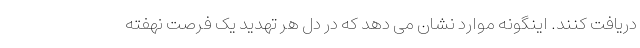
دریافت کنند. اینگونه موارد نشان می دهد که در دل هر تهدید یک فرصت نهفته